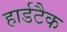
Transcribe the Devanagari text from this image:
हार्डटैक